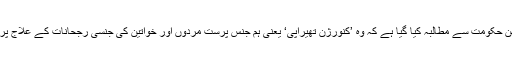
اس پٹیشن میں جرمن حکومت سے مطالبہ کیا گیا ہے کہ وہ ’کنورژن تھیراپی‘ یعنی ہم جنس پرست مردوں اور خواتین کی جنسی رجحانات کے علاج پر پابندی عائد کرے۔